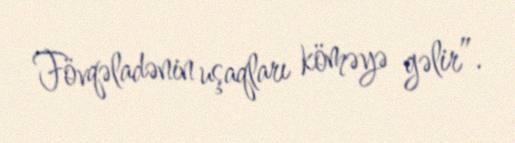
Fövqəladənin uşaqları köməyə gəlir”.